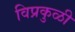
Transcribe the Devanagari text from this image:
विप्रकुळी